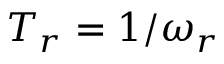
T _ { r } = 1 / \omega _ { r }